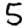
Digit: 5